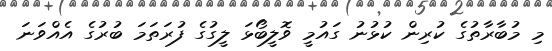
މި މުބާރާތުގެ ކުރިން ކުޅުނު ގައުމީ ވޮލީބޯޅަ ލީގުގެ ފުރަތަމަ ބުރުގެ އެއްވަނަ